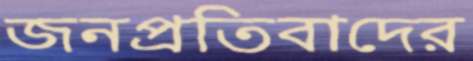
জনপ্রতিবাদের